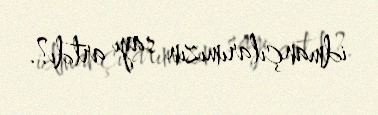
idmançılarımızın sayı artdı?.